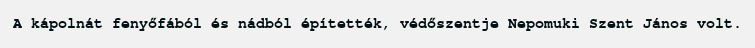
A kápolnát fenyőfából és nádból építették, védőszentje Nepomuki Szent János volt.